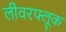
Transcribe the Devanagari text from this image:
लीवरफ्लूक